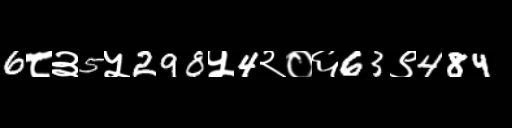
Text: 6८३5५298५4२०६63९484